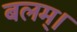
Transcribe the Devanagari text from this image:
बलम्।